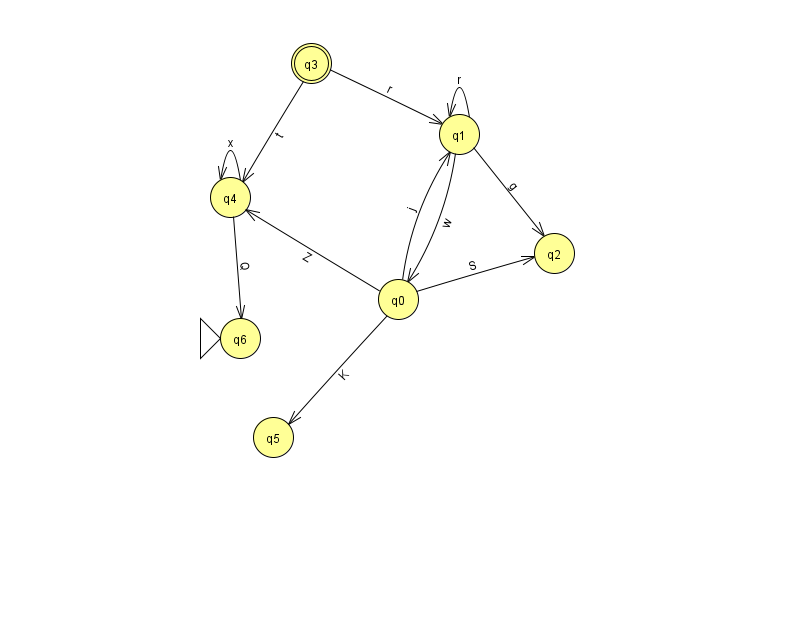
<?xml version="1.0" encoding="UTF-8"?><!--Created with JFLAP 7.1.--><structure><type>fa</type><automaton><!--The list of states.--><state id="0" name="q0"><x>398.0</x><y>286.0</y></state><state id="1" name="q1"><x>459.0</x><y>121.0</y></state><state id="2" name="q2"><x>554.0</x><y>240.0</y></state><state id="3" name="q3"><x>311.0</x><y>50.0</y><final/></state><state id="4" name="q4"><x>230.0</x><y>184.0</y></state><state id="5" name="q5"><x>273.0</x><y>424.0</y></state><state id="6" name="q6"><x>240.0</x><y>325.0</y><initial/></state><!--The list of transitions.--><transition><from>4</from><to>6</to><read>Q</read></transition><transition><from>1</from><to>2</to><read>g</read></transition><transition><from>3</from><to>1</to><read>r</read></transition><transition><from>0</from><to>1</to><read>j</read></transition><transition><from>1</from><to>1</to><read>r</read></transition><transition><from>0</from><to>5</to><read>K</read></transition><transition><from>4</from><to>4</to><read>x</read></transition><transition><from>0</from><to>4</to><read>Z</read></transition><transition><from>3</from><to>4</to><read>t</read></transition><transition><from>0</from><to>2</to><read>S</read></transition><transition><from>1</from><to>0</to><read>w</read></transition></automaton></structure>